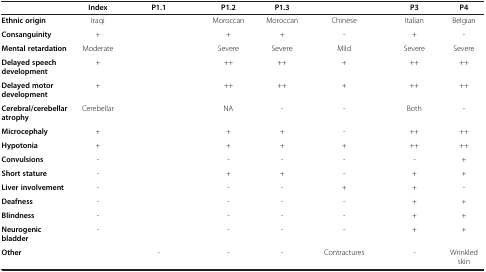
<table><thead><tr><td>[EMPTY_CELL]</td><td><b>Index</b></td><td><b>P1.1</b></td><td><b>P1.2</b></td><td><b>P1.3</b></td><td>[EMPTY_CELL]</td><td><b>P3</b></td><td><b>P4</b></td></tr></thead><tbody><tr><td><b>Ethnic origin</b></td><td>Iraqi</td><td>[EMPTY_CELL]</td><td>Moroccan</td><td>Moroccan</td><td>Chinese</td><td>Italian</td><td>Belgian</td></tr><tr><td><b>Consanguinity</b></td><td>+</td><td>[EMPTY_CELL]</td><td>+</td><td>+</td><td>-</td><td>+</td><td>-</td></tr><tr><td><b>Mental retardation</b></td><td>Moderate</td><td>[EMPTY_CELL]</td><td>Severe</td><td>Severe</td><td>Mild</td><td>Severe</td><td>Severe</td></tr><tr><td><b>Delayed speech development</b></td><td>+</td><td>[EMPTY_CELL]</td><td>++</td><td>++</td><td>+</td><td>++</td><td>++</td></tr><tr><td><b>Delayed motor development</b></td><td>+</td><td>[EMPTY_CELL]</td><td>++</td><td>++</td><td>+</td><td>++</td><td>++</td></tr><tr><td><b>Cerebral/cerebellar atrophy</b></td><td>Cerebellar</td><td>[EMPTY_CELL]</td><td>NA</td><td>-</td><td>-</td><td>Both</td><td>-</td></tr><tr><td><b>Microcephaly</b></td><td>+</td><td>[EMPTY_CELL]</td><td>+</td><td>+</td><td>-</td><td>++</td><td>++</td></tr><tr><td><b>Hypotonia</b></td><td>+</td><td>[EMPTY_CELL]</td><td>+</td><td>+</td><td>+</td><td>++</td><td>++</td></tr><tr><td><b>Convulsions</b></td><td>-</td><td>[EMPTY_CELL]</td><td>-</td><td>-</td><td>-</td><td>-</td><td>+</td></tr><tr><td><b>Short stature</b></td><td>-</td><td>[EMPTY_CELL]</td><td>+</td><td>+</td><td>-</td><td>+</td><td>+</td></tr><tr><td><b>Liver involvement</b></td><td>-</td><td>[EMPTY_CELL]</td><td>-</td><td>-</td><td>+</td><td>+</td><td>-</td></tr><tr><td><b>Deafness</b></td><td>-</td><td>[EMPTY_CELL]</td><td>-</td><td>-</td><td>-</td><td>+</td><td>+</td></tr><tr><td><b>Blindness</b></td><td>-</td><td>[EMPTY_CELL]</td><td>-</td><td>-</td><td>-</td><td>+</td><td>+</td></tr><tr><td><b>Neurogenic bladder</b></td><td>-</td><td>[EMPTY_CELL]</td><td>-</td><td>-</td><td>-</td><td>+</td><td>+</td></tr><tr><td><b>Other</b></td><td>[EMPTY_CELL]</td><td>[EMPTY_CELL]</td><td>-</td><td>-</td><td>-</td><td>Contractures</td><td>-</td><td>Wrinkled skin</td></tr></tbody></table>